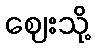
ဈေးသို့